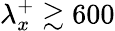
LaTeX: \lambda_{x}^{+}\gtrsim 600